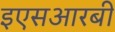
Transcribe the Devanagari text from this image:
इएसआरबी